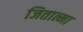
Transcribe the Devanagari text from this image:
जितात्मा